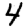
Digit: 4